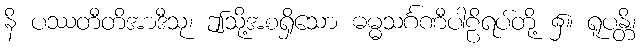
နိ ပဿတီတိအာဒီသု၊ ဤသို့အစရှိသော ဓမ္မသင်္ဂဏီပါဠိရပ်တို့ ၌။ ရူပန္တိ၊